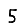
Digit: 5